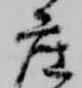
座